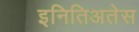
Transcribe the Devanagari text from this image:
इनितिअतेस